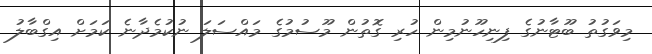
މިވަގުތު ބޫޓާނުގެ ފިނިހޫނުމިން ހުރި ގޮތުން މޫސުމުގެ މައްސަލަ ނުކުމެދާނެ ކަމަށް އިގްބާލު